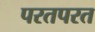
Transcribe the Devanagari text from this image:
परतपरत